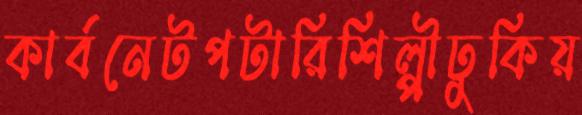
কার্বনেটপটারিশিল্পীঢুকিয়